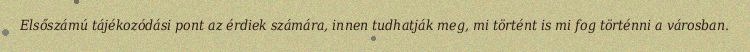
Elsőszámú tájékozódási pont az érdiek számára, innen tudhatják meg, mi történt is mi fog történni a városban.